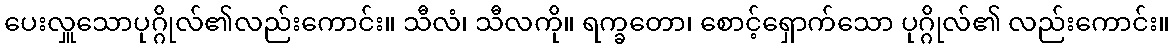
ပေးလှူသောပုဂ္ဂိုလ်၏လည်းကောင်း။ သီလံ၊ သီလကို။ ရက္ခတော၊ စောင့်ရှောက်သော ပုဂ္ဂိုလ်၏ လည်းကောင်း။